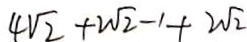
4 \sqrt { 2 } + 2 \sqrt { 2 } - 1 + 2 \sqrt { 2 }